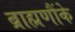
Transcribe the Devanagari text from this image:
ब्राह्मणौंके